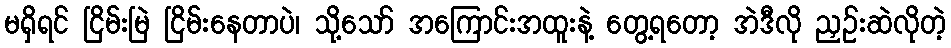
မရှိရင် ငြိမ်းမြဲ ငြိမ်းနေတာပဲ၊ သို့သော် အကြောင်းအထူးနဲ့ တွေ့ရတော့ အဲဒီလို ညှဉ်းဆဲလိုတဲ့